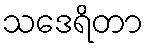
သဒေရိတာ